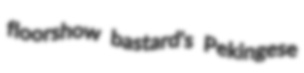
floorshow bastard's Pekingese